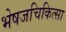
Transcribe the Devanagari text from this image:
भेषजचिकित्सा